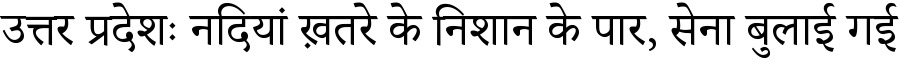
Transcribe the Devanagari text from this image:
उत्तर प्रदेशः नदियां ख़तरे के निशान के पार, सेना बुलाई गई